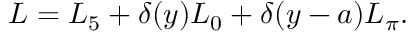
{ \cal L } = { \cal L } _ { 5 } + \delta ( y ) { \cal L } _ { 0 } + \delta ( y - a ) { \cal L } _ { \pi } .